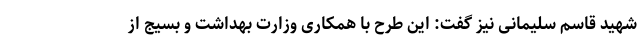
شهید قاسم سلیمانی نیز گفت: این طرح با همکاری وزارت بهداشت و بسیج از